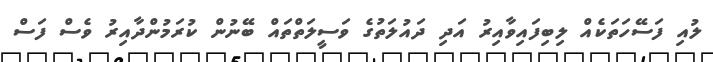
ލުއި ފަސޭހަތަކެއް ލިބިފައިވާއިރު އަދި ދައުލަތުގެ ވަސީލަތްތައް ބޭނުން ކުރަމުންދާއިރު ވެސް ފަސް